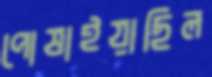
পোষাইয়াছিল